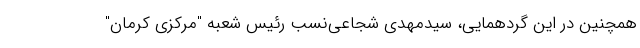
همچنین در این گردهمایی، سیدمهدی شجاعی‌نسب رئیس شعبه "مرکزی کرمان"